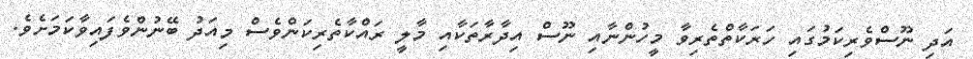
އަދި ނޫސްވެރިކަމުގައި ހަރަކާތްތެރިވާ މީހުންނާއި ނޫސް އިދާރާތަކާއި މާލީ ރައްކާތެރިކަންވެސް މިއަދު ބޭނުންވެފައިވާކަމަށެވެ.